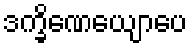
ဒက္ခိဏေယျောပေ